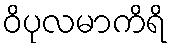
ဝိပုလမာကိရိ